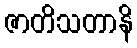
ဇာတိသတာနိ